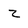
Character: z